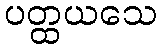
ပတ္ထယသေ